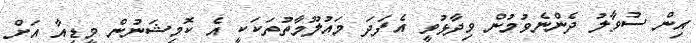
އިން ސުވާލު ދެންނެވުމުން ވިދާޅުވީ އެފަދަ މައުލޫމާތުތަކަކީ އެ ކޮމިޝަނުން މީޑިއާ އަށް